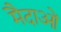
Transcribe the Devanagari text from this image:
मैदाओं